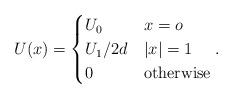
LaTeX: \begin{align*}U(x)=\begin{cases} U_0 & x=o\\U_1/2d & |x|=1\\0 & \mbox{otherwise}\end{cases}. \end{align*}